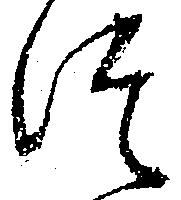
つ